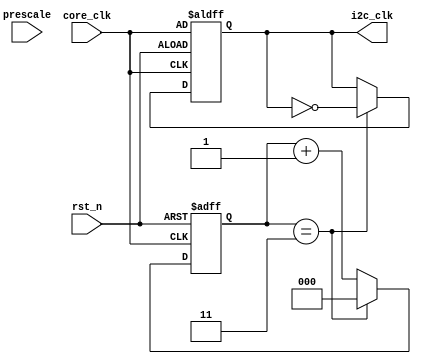
module ClockGenerator (
  input wire        core_clk,      
  input             rst_n,
  input wire [7:0]  prescale,
  output reg        i2c_clk       
);

  reg [2:0] counter;        

  always @(posedge core_clk or negedge rst_n) begin
    if (!rst_n) begin
        counter <= 0;
        i2c_clk <= core_clk;  
    end else begin
        counter <= counter + 1;
        if (counter == 3) begin
            i2c_clk <= ~i2c_clk;
            counter <= 0;
        end
    end
  end
endmodule